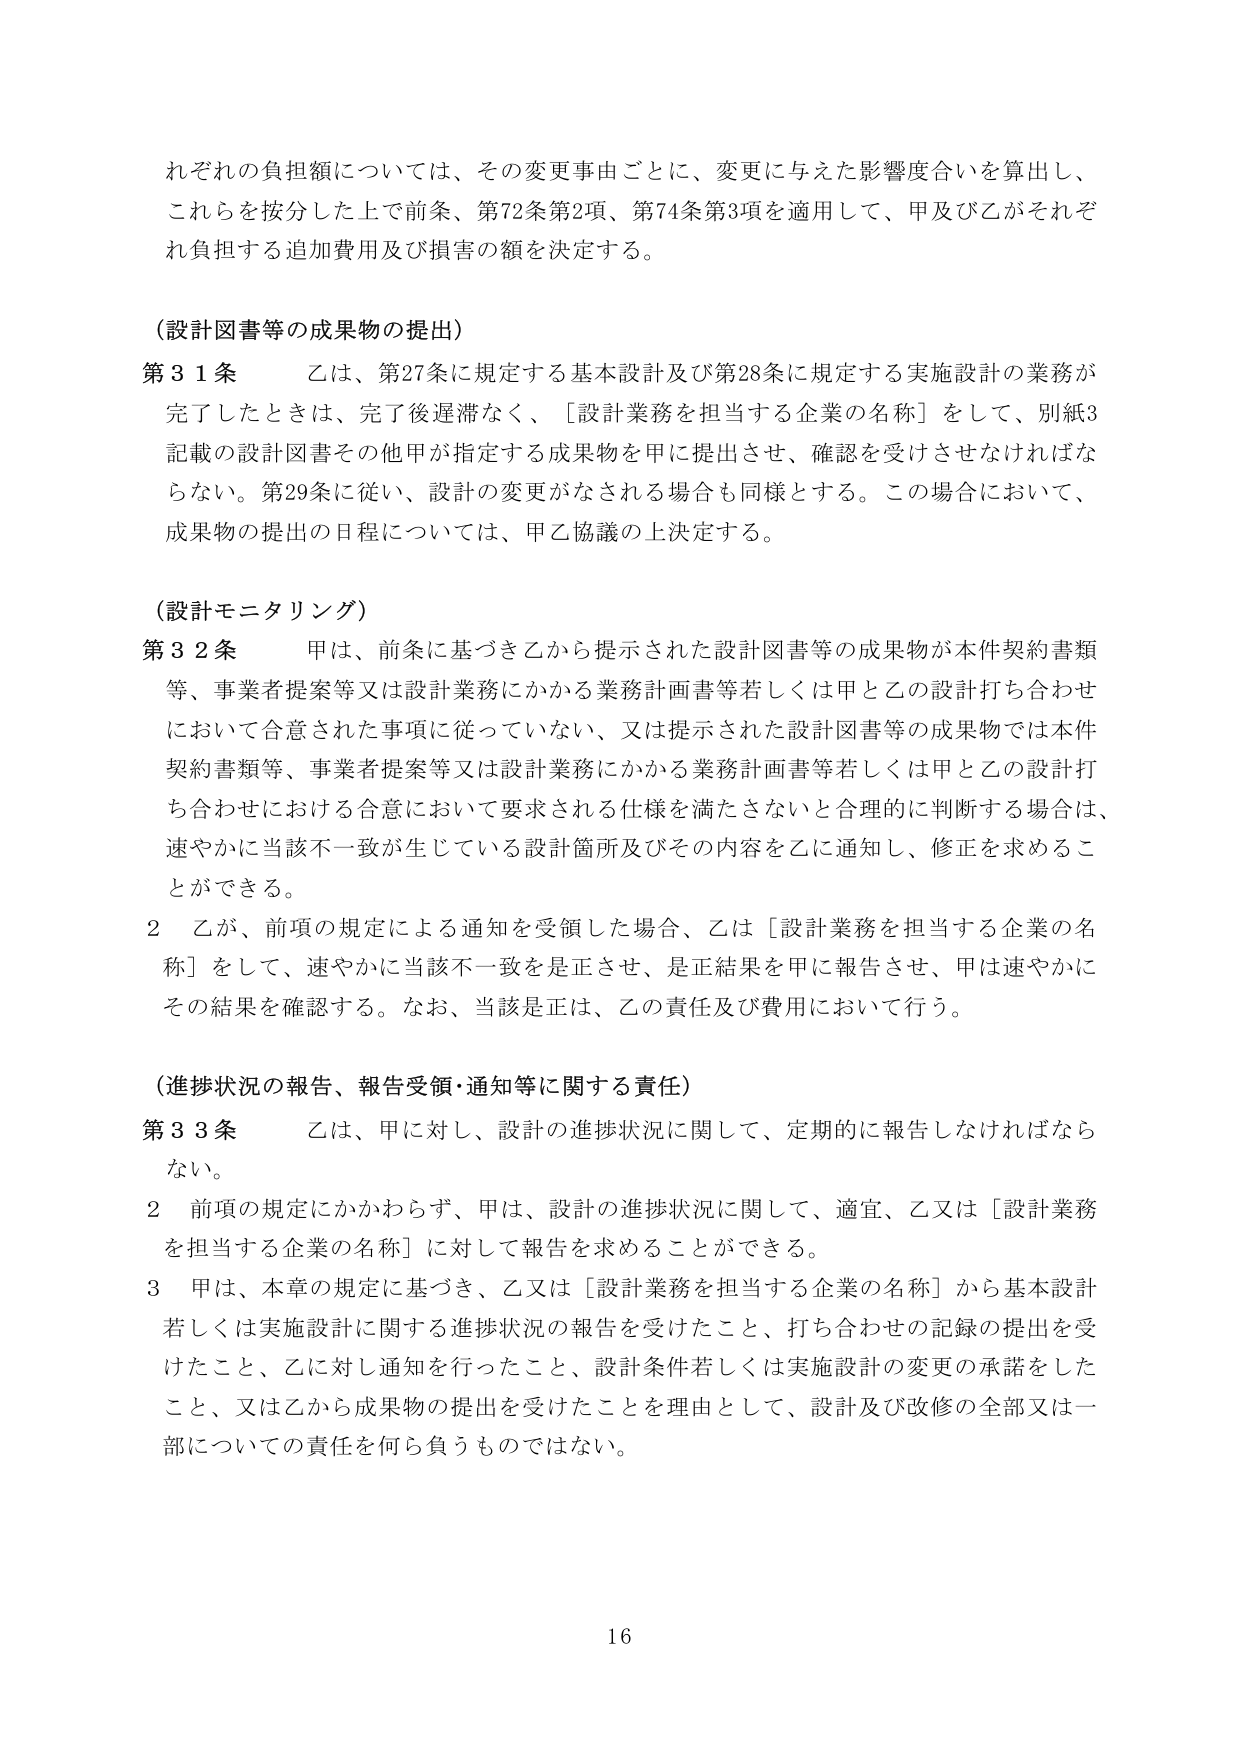
れぞれの負担額については、その変更事由ごとに、変更に与えた影響度合いを算出し、
これらを按分した上で前条、第72条第2項、第74条第3項を適用して、甲及び乙がそれぞ
れ負担する追加費用及び損害の額を決定する。

（設計図書等の成果物の提出）
第31条　乙は、第27条に規定する基本設計及び第28条に規定する実施設計の業務が
完了したときは、完了後遅滞なく、「設計業務を担当する企業の名称」をして、別紙3
記載の設計図書その他甲が指定する成果物を甲に提出させ、確認を受けさせなければな
らない。第29条に従い、設計の変更がなされる場合も同様とする。この場合において、
成果物の提出の日程については、甲乙協議の上決定する。

（設計モニタリング）
第32条　甲は、前条に基づき乙から提示された設計図書等の成果物が本件契約書類
等、事業者提案等又は設計業務にかかる業務計画書等若しくは甲と乙の設計打ち合わせ
において合意された事項に従っていない、又は提示された設計図書等の成果物では本件
契約書類等、事業者提案等又は設計業務にかかる業務計画書等若しくは甲と乙の設計打
ち合わせにおける合意において要求される仕様を満たさないと合理的に判断する場合は、
速やかに当該不一致が生じている設計箇所及びその内容を乙に通知し、修正を求めること
ができる。
2　乙が、前項の規定による通知を受領した場合、乙は「設計業務を担当する企業の名
称」をして、速やかに当該不一致を是正させ、是正結果を甲に報告させ、甲は速やかに
その結果を確認する。なお、当該是正は、乙の責任及び費用において行う。

（進捗状況の報告、報告受領・通知等に関する責任）
第33条　乙は、甲に対し、設計の進捗状況に関して、定期的に報告しなければなら
ない。
2　前項の規定にかかわらず、甲は、設計の進捗状況に関して、適宜、乙又は「設計業務
を担当する企業の名称」に対して報告を求めることができる。
3　甲は、本章の規定に基づき、乙又は「設計業務を担当する企業の名称」から基本設計
若しくは実施設計に関する進捗状況の報告を受けたこと、打ち合わせの記録の提出を受
けたこと、乙に対し通知を行ったこと、設計条件若しくは実施設計の変更の承諾をした
こと、又は乙から成果物の提出を受けたことを理由として、設計及び改修の全部又は一
部についての責任を何ら負うものではない。

16